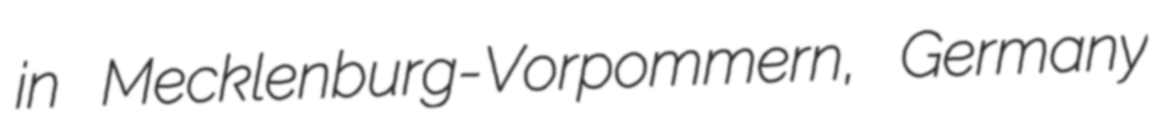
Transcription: in Mecklenburg-Vorpommern, Germany